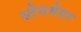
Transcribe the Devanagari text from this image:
स्टेगमेयर